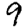
Digit: 9